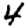
Digit: 4